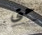
حتى